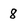
Character: 8